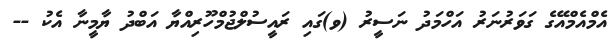
އެމްއެމްއޭގެ ގަވަރުނަރު އަހްމަދު ނަސީރު (ވ)ގައި ރައީސުލްޖުމްހޫރިއްޔާ އަބްދު ޔާމީނާ އެކު --